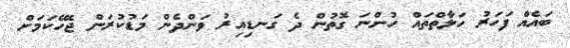
ބައެއް ފަހަރު ހަލާތްތައް ހުންނަ ގޮތުން ދެ ގަނޑިއިރު ވަންދެން މަޑުކުރަން ޖެހޭކަމަށް